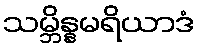
သမ္ဘိန္နမရိယာဒံ